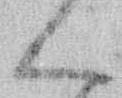
ん